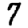
Digit: 7